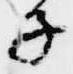
子